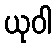
ယုဝါ